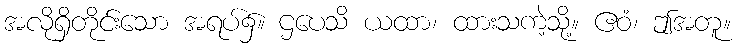
အလိုရှိတိုင်းသော အရပ်၌။ ဌပေသိ ယထာ၊ ထားသကဲ့သို့။ ဧဝံ၊ ဤအတူ။